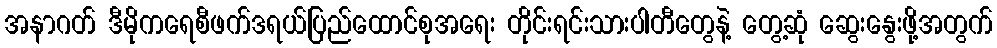
အနာဂတ် ဒီမိုကရေစီဖက်ဒရယ်ပြည်ထောင်စုအရေး တိုင်းရင်းသားပါတီတွေနဲ့ တွေ့ဆုံ ဆွေးနွေးဖို့အတွက်